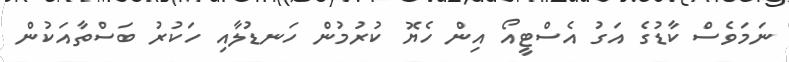
ނަމަވެސް ކާޑުގެ އަގު އެސްޓީއޯ އިން ހެޔޮ ކުރުމުން ހަނޑުލާއި ހަކުރު ބަސްތާއަކުން